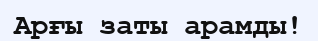
Арғы заты арамды!